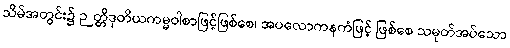
သိမ်အတွင်း၌ ဉတ္တိဒုတိယကမ္မဝါစာဖြင့်ဖြစ်စေ၊ အပလောကနကံဖြင့် ဖြစ်စေ သမုတ်အပ်သော